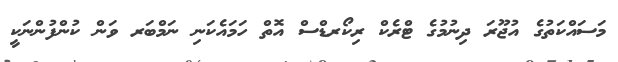
މަސައްކަތުގެ އުޖޫރަ ދިނުމުގެ ޓްރެކް ރިކޯރޑްސް އޮތް ހަމައެކަނި ނަމްބަރ ވަން ކުންފުންނަކީ